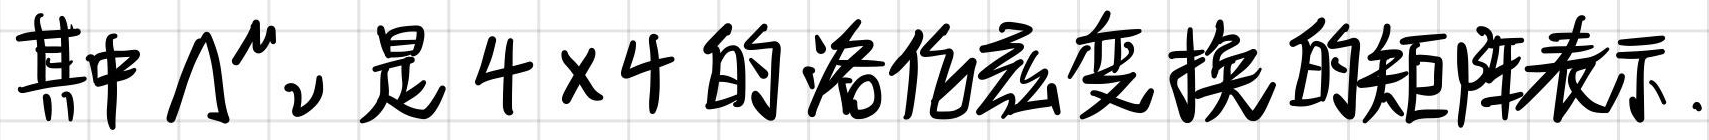
其中$\Lambda^{\mu}{}_{\nu}$是$4\times4$的洛伦兹变换的矩阵表示.